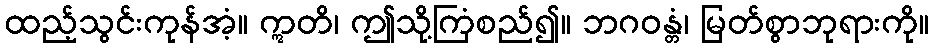
ထည့်သွင်းကုန်အံ့။ ဣတိ၊ ဤသို့ကြံစည်၍။ ဘဂဝန္တံ၊ မြတ်စွာဘုရားကို။